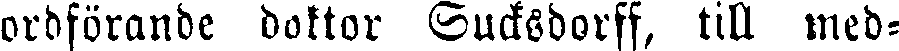
ordförande doktor Sucksdorff, till med-